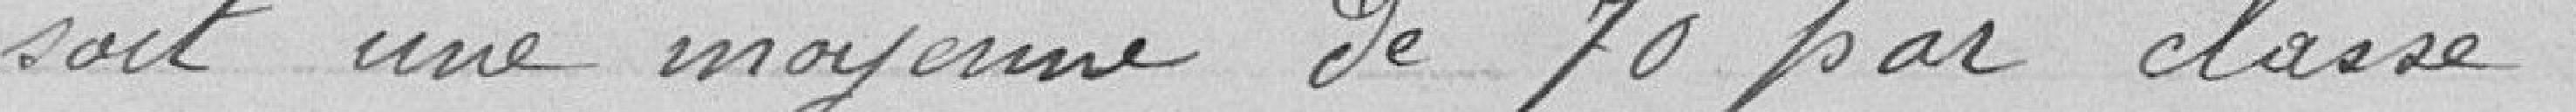
soit un moyenne de 70 par classe.